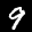
Digit: 9